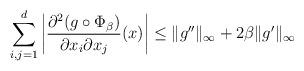
LaTeX: \begin{align*}\sum_{i,j=1}^d\left|\frac{\partial^2(g\circ\Phi_\beta)}{\partial x_i\partial x_j}(x)\right|\leq\|g''\|_\infty+2\beta\|g'\|_\infty\end{align*}